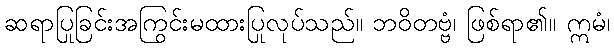
ဆရာပြုခြင်းအကြွင်းမထားပြုလုပ်သည်။ ဘဝိတဗ္ဗံ၊ ဖြစ်ရာ၏။ ဣမံ၊